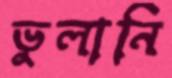
ভুলানি